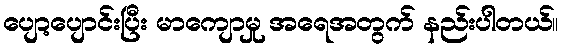
ပျော့ပျောင်းပြီး မာကျောမှု အရေအတွက် နည်းပါတယ်။